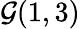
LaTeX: {\mathcal{G}}(1,3)